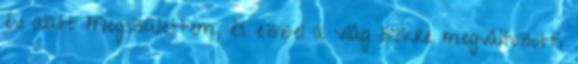
év alatt Megszülettem, és ezzel a világ örökre megváltozott.